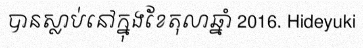
បានស្លាប់នៅក្នុងខែតុលាឆ្នាំ 2016. Hideyuki